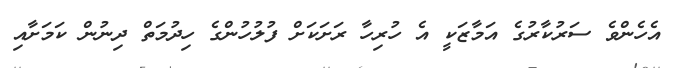
އެހެންވެ ސަރުކާރުގެ އަމާޒަކީ އެ ހުރިހާ ރަށަކަށް ފުލުހުންގެ ހިދުމަތް ދިނުން ކަމަށާއި